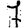
Digit: 7